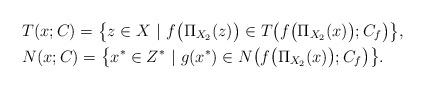
LaTeX: \begin{align*}&T(x;C)=\big\{z\in X~|~f\big(\Pi_{X_2}(z)\big)\in T\big(f\big(\Pi_{X_2}(x)\big);C_f\big)\big\},\\&N(x;C)=\big\{x^*\in Z^*~|~g(x^*)\in N\big(f\big(\Pi_{X_2}(x)\big);C_f\big)\big\}.\end{align*}